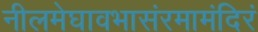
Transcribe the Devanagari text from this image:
नीलमेघावभासंरमामंदिरं